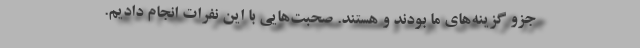
جزو گزینه‌های ما بودند و هستند. صحبت‌هایی با این نفرات انجام دادیم.